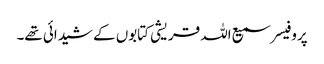
پروفیسر سمیع اللہ قریشی کتابوں کے شیدائی تھے۔